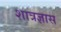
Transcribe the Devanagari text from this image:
शात्रज्ञास